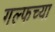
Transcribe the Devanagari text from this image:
गल्फच्या